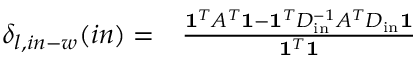
\begin{array} { r l } { \delta _ { l , i n - w } ( i n ) = } & { { } \frac { \mathbf { 1 } ^ { T } A ^ { T } \mathbf { 1 } - \mathbf { 1 } ^ { T } D _ { \mathrm { i n } } ^ { - 1 } A ^ { T } D _ { \mathrm { i n } } \mathbf { 1 } } { \mathbf { 1 } ^ { T } \mathbf { 1 } } } \end{array}